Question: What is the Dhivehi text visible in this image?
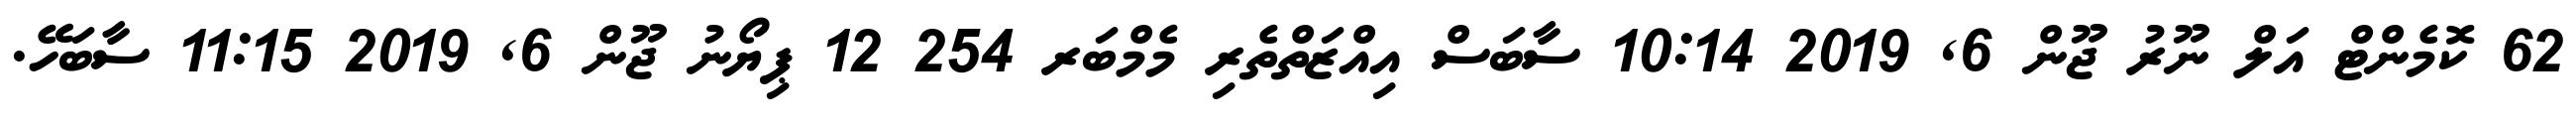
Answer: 62 ކޮމެންޓް އަލް ނޫރު ޖޫން 6, 2019 10:14 ސާބަސް އިއްޒަތްތެރި މެމްބަރ 254 12 ޕިޔޯނު ޖޫން 6, 2019 11:15 ސާބަހޭ.